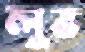
লুভ